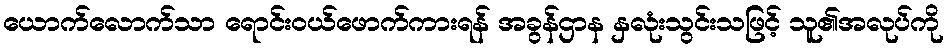
ယောက်လောက်သာ ရောင်းဝယ်ဖောက်ကားရန် အခွန်ဌာန နှလုံးသွင်းသဖြင့် သူ၏အလုပ်ကို